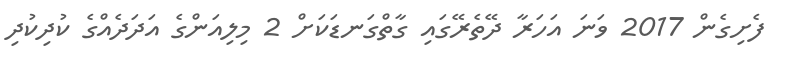
ފެށިގެން 2017 ވަނަ އަހަރާ ދޭތެރޭގައި ގާތްގަނޑަކަށް 2 މިލިއަންގެ އަދަދެއްގެ ކުދިކުދި